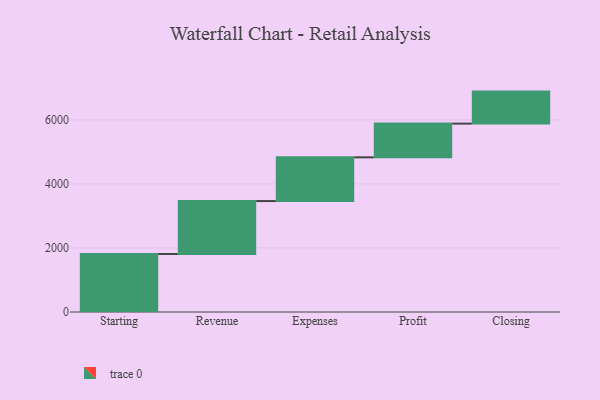
{"axis": {"x": "Step", "y": "Value"}, "legend": [""], "data": [{"x": "Starting", "y": 1811.0, "type": ""}, {"x": "Revenue", "y": 1654.0, "type": ""}, {"x": "Expenses", "y": 1366.0, "type": ""}, {"x": "Profit", "y": 1053.0, "type": ""}, {"x": "Closing", "y": 1000, "type": ""}]}